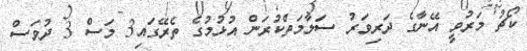
ކޯޗު މަރުވީ އޭނާގެ ދަރިވަރު ސަލާމަތްކުރަން އުޅުމުގެ ތެރޭގައި3 މަސް 3 ދުވަސް